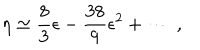
\eta \simeq \frac { 8 } { 3 } \epsilon - \frac { 3 8 } { 9 } \epsilon ^ { 2 } + \cdots \; ,